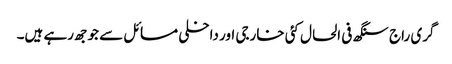
گری راج سنگھ فی الحال کئی خارجی اور داخلی مسائل سے جوجھ رہے ہیں۔